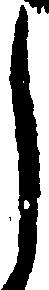
し